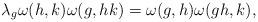
LaTeX: \begin{align*}\lambda_g \omega (h,k) \omega (g,hk)= \omega (g,h)\omega (gh,k) ,\end{align*}